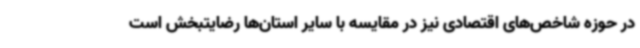
در حوزه شاخص‌های اقتصادی نیز در مقایسه با سایر استان‌ها رضایتبخش است